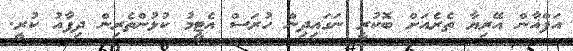
އަފްޣާން އޭރިޔާ ތެރެއަށް ބޮކުރީ ނަގައިދިން ހުރަސް އެޓީމު ކުޅުންތެރިން ދިފާއު ކުރީ.